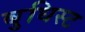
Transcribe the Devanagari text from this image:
बुधिस्ट